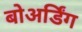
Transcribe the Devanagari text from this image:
बोअर्डिंग